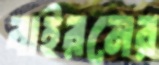
বাইরনের